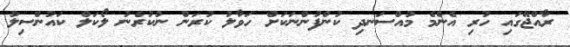
ރާއްޖޭގައި ހުރި އެންމެ މުއްސަނދި ކުންފުންނަކަށް ހަވާލު ކުރަން ނުކުރެނު ލޯކަލް ކައުންސިލު